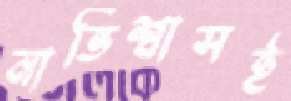
নাভিশ্বাসই